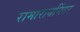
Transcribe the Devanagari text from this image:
रामारायनिंगर